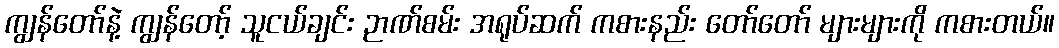
ကျွန်တော်နဲ့ ကျွန်တော့် သူငယ်ချင်း ဉာဏ်စမ်း အရုပ်ဆက် ကစားနည်း တော်တော် များများကို ကစားတယ်။